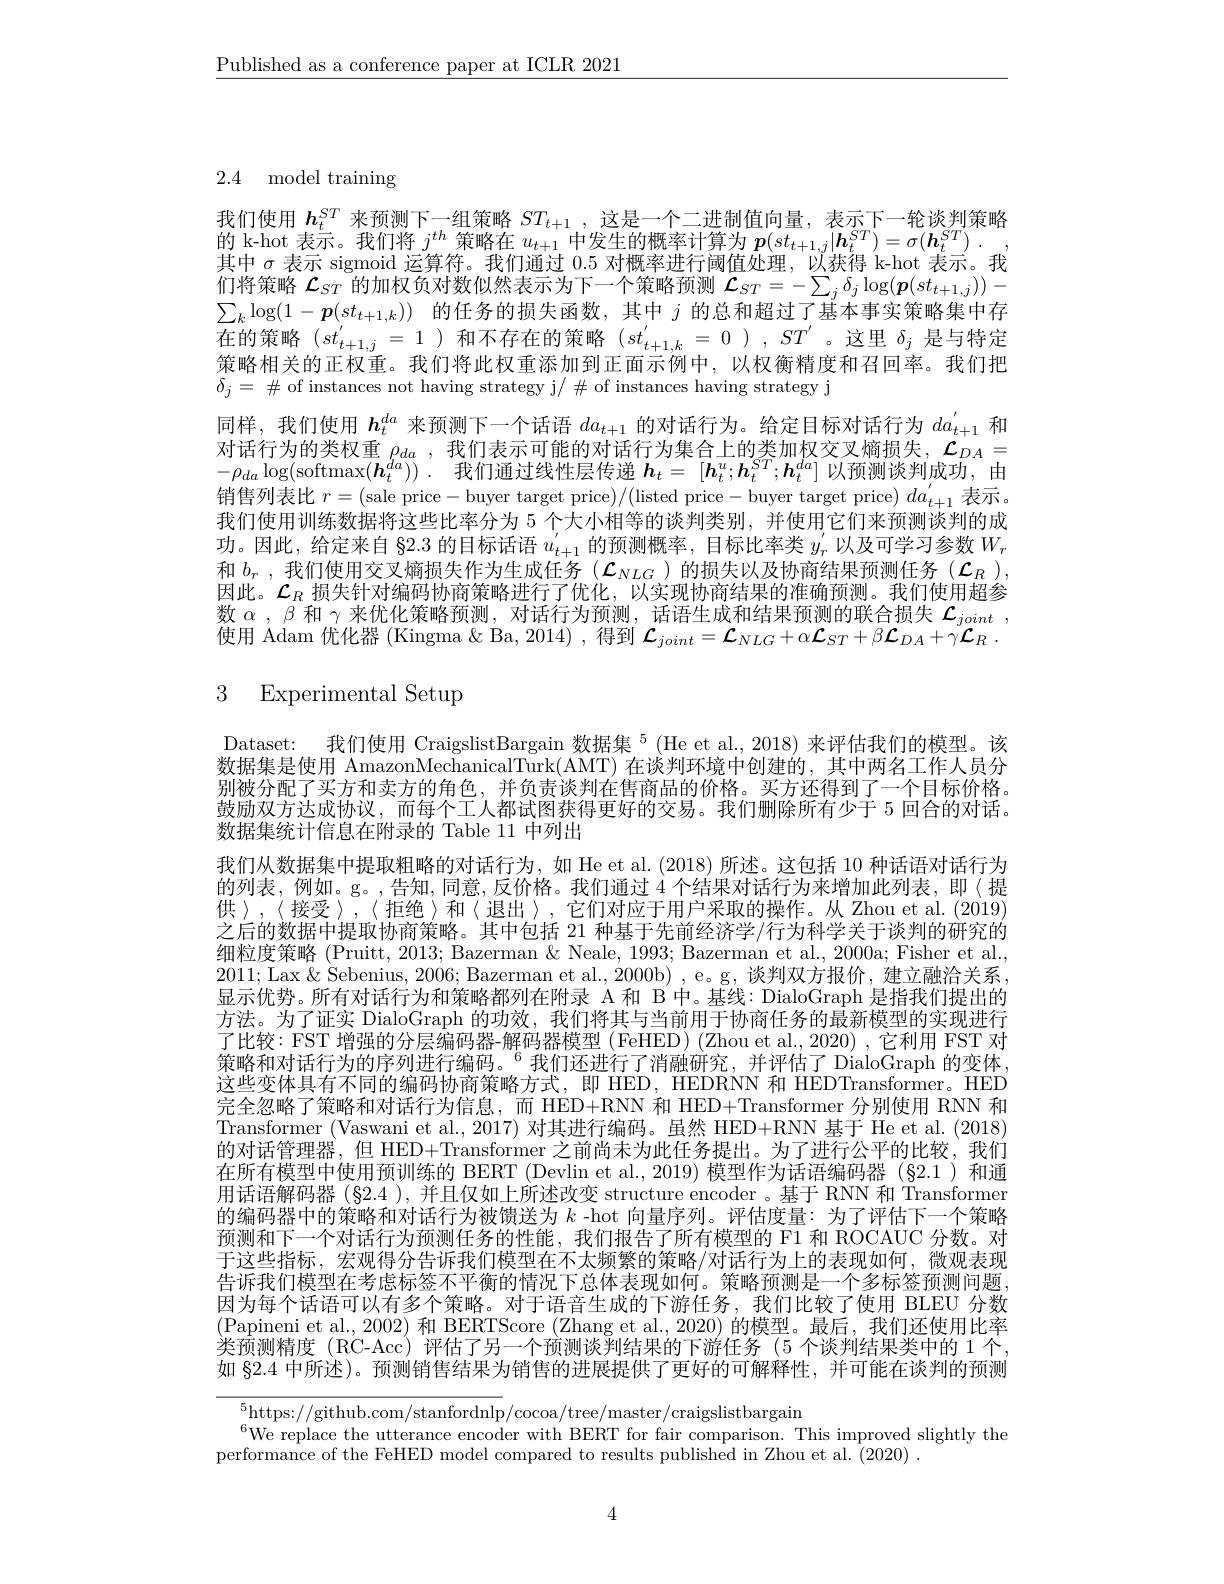
$\underline{\text{Published as a conference paper at ICLR 2021}}$

$2.4\mod$ model training

我们使用$\boldsymbol h_t^{ST}$来预测下一组策略$ST_t+1$,这是一个二进制值向量，表示下一轮谈判策略
的 k-hot 表示。我们将$j^th$策略在$u_t+1$中发生的概率计算为$p( st_{t+ 1, j}| \boldsymbol{h}_t^{ST}) = \sigma ( \boldsymbol{h}_t^{ST})$ .
其中$\sigma$表示 sigmoid 运算符。我们通过0.5对概率进行阈值处理，以获得 k-hot 表示。我们将策略$\mathcal{L}_{ST}$的加权负对数似然表示为下一个策略预测$\mathcal{L}_ST=-\sum_j\delta_j\log(\boldsymbol{p}(st_{t+1,j}))-$ $\sum_k\log(1-\boldsymbol{p}(st_{t+1,k}))$的任务的损失函数，其中$j$的总和超过了基本事实策略集中存在的策略$(st_{t+1,j}^{\prime}=1$ )和不存在的策略$(st_{t+1,k}^{\prime}=0),ST^{\prime}$ 。这里$\delta_j$是与特定策略相关的正权重。我们将此权重添加到正面示例中，以权衡精度和召回率。我们把$\delta_j=\#$ of instances not having strategy j/ # of instances having strategy j
同样，我们使用$\boldsymbol{h}_t^{da}$来预测下一个话语$da_{t+1}$的对话行为。给定目标对话行为$da_{t+1}^{^{\prime}}$和$-\rho_{da}\log($softmax$( \overline {\boldsymbol{h}}_{t}^{da}) )$ . 我们通过线性层传递 $\boldsymbol h_t=[\boldsymbol{h}_{t}^{u};\boldsymbol{h}_{t}^{ST};\boldsymbol{h}_{t}^{da}]$ 以预测谈判成功，由销售列表比$r=($sale price-buyer target price)/(listed price-buyer target price) $da_t+1^{\prime}$表示。我们使用训练数据将这些比率分为 5 个大小相等的谈判类别，并使用它们来预测谈判的成功。因此，给定来自 §2.3 的目标话语$u_t+1^{\prime}$的预测概率，目标比率类$y_r^{\prime}$以及可学习参数$W_r$ 和$b_r$ ,我们使用交叉熵损失作为生成任务$(\mathcal{L}_NLG$ )的损失以及协商结果预测任务$(\mathcal{L}_R)$, 因此。$\mathcal{L}_R$损失针对编码协商策略进行了优化，以实现协商结果的准确预测。我们使用超参数$\alpha,\beta$和$\gamma$来优化策略预测，对话行为预测，话语生成和结果预测的联合损失$\mathcal{L}_joint$, 使用 Adam 优化器 (Kingma & Ba, 2014) , 得到$\mathcal{L}_joint=\mathcal{L}_{NLG}+\alpha\mathcal{L}_{ST}+\beta\mathcal{L}_{DA}+\gamma\mathcal{L}_R.$

# 3 Experimental Setup

Dataset: 我们使用 CraigslistBargain 数据集$^{5}$ (He et al., 2018) 来评估我们的模型。该数据集是使用 AmazonMechanicalTurk(AMT) 在谈判环境中创建的，其中两名工作人员分别被分配了买方和卖方的角色，并负责谈判在售商品的价格。买方还得到了一个目标价格。鼓励双方达成协议，而每个工人都试图获得更好的交易。我们删除所有少于 5 回合的对话。数据集统计信息在附录的 Table 11 中列出
我们从数据集中提取粗略的对话行为，如 He et al.(2018) 所述。这包括 10 种话语对话行为的列表，例如。g。,告知，同意，反价格。我们通过 4个结果对话行为来增加此列表，即〈提供》,《接受》,〈拒绝〉和〈退出〉,它们对应于用户采取的操作。从 Zhou et al.(2019) 之后的数据中提取协商策略。其中包括 21 种基于先前经济学/行为科学关于谈判的研究的细粒度策略 (Pruitt, 2013; Bazerman & Neale, 1993; Bazerman et al., 2000a; Fisher et al., 2011; Lax $\&$ Sebenius, 2006; Bazerman et al., 2000b) , e。g, 谈判双方报价，建立融洽关系， 显示优势。所有对话行为和策略都列在附录 A 和 B 中。基线：DialoGraph 是指我们提出的方法。为了证实 DialoGraph 的功效，我们将其与当前用于协商任务的最新模型的实现进行了比较：FST 增强的分层编码器-解码器模型(FeHED)(Zhou et al., 2020) , 它利用 FST 对策略和对话行为的序列进行编码。$^{6}$我们还进行了消融研究，并评估了DialoGraph 的变体， 这些变体具有不同的编码协商策略方式，即 HED, HEDRNN 和 HEDTransformer。HED 完全忽略了策略和对话行为信息，而 HED+RNN 和 HED+Transformer 分别使用 RNN 和Transformer (Vaswani et al., 2017) 对其进行编码。虽然 HED+RNN 基于 He et al. (2018的对话管理器，但 HED+Transformer 之前尚未为此任务提出。为了进行公平的比较，我们在所有模型中使用预训练的 BERT (Devlin et al.,2019) 模型作为话语编码器 (§2.1)和通用话语解码器(§2.4 ), 并且仅如上所述改变 structure encoder 。基于 RNN 和 Transformer 的编码器中的策略和对话行为被馈送为$k$ -hot 向量序列。评估度量：为了评估下一个策略预测和下一个对话行为预测任务的性能，我们报告了所有模型的 F1 和 ROCAUC 分数。对于这些指标，宏观得分告诉我们模型在不太频繁的策略/对话行为上的表现如何，微观表现告诉我们模型在考虑标签不平衡的情况下总体表现如何。策略预测是一个多标签预测问题因为每个话语可以有多个策略。对于语音生成的下游任务，我们比较了使用 BLEU 分数(Papineni et al.,2002) 和 BERTScore (Zhang et al., 2020) 的模型。最后，我们还使用比率类预测精度 (RC-Acc) 评估了另一个预测谈判结果的下游任务 (5 个谈判结果类中的 1 个， 如 §2.4 中所述)。预测销售结果为销售的进展提供了更好的可解释性，并可能在谈判的预测

$^{5}$https://github.com/stanfordnlp/cocoa/tree/master/craigslistbargain
$^{6}$We replace the utterance encoder with BERT for fair comparison. This improved slightly the
performance of the FeHED model compared to results published in Zhou et al. (2020) .

4